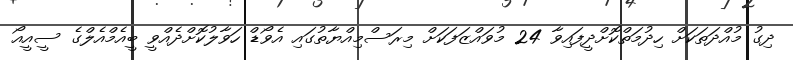
ދިގު މުއްދަތަކަށް ހިދުމަތްކޮށްދީފައިވާ 24 މުވައްޒަފަކަށް މިރަސްމިއްޔާތުގައި އެވޯޑް ހަވާލުކޮށްދެއްވީ ބީއެމްއެލްގެ ސީއީއޯ